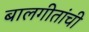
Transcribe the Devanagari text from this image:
बालगीतांची